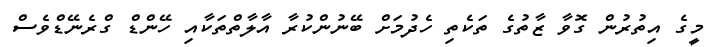
މީގެ އިތުރުން ގޮވާ ޒާތުގެ ތަކެތި ހެދުމަށް ބޭނުންކުރާ އާލާތްތަކާއި ހޭންޑް ގްރެނޭޑްވެސް